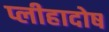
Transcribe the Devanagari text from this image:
प्लीहादोष